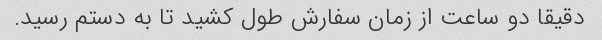
دقیقا دو ساعت از زمان سفارش طول کشید تا به دستم رسید.